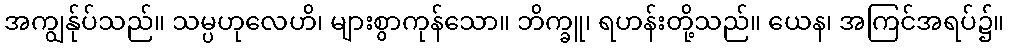
အကျွန်ုပ်သည်။ သမ္ပဟုလေဟိ၊ များစွာကုန်သော။ ဘိက္ခူ၊ ရဟန်းတို့သည်။ ယေန၊ အကြင်အရပ်၌။